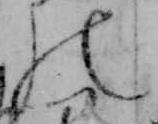
の